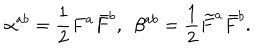
\alpha ^ { a b } = \frac { 1 } { 2 } F ^ { a } \bar { F } ^ { b } , ~ ~ \beta ^ { a b } = \frac { 1 } { 2 } \widetilde { F } ^ { a } \bar { F } ^ { b } .